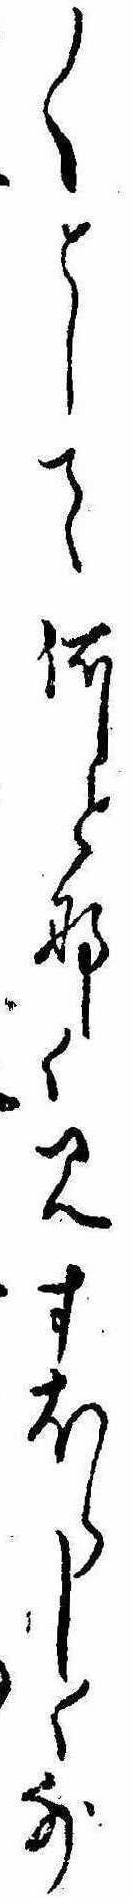
〱として何となく見すほらしく外